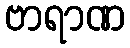
ဗာရာဏ